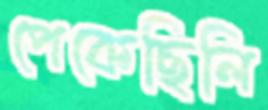
পেকেছিলি